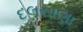
દલસાણા